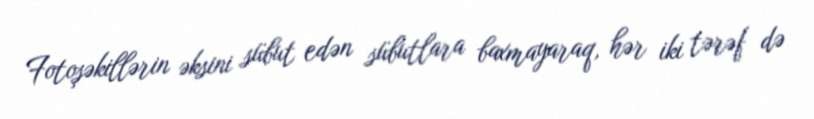
Fotoşəkillərin əksini sübut edən sübutlara baxmayaraq, hər iki tərəf də